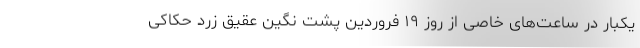
یکبار در ساعت‌های خاصی از روز ۱۹ فروردین پشت نگین عقیق زرد حکاکی